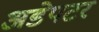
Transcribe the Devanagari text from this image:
अडेपटर